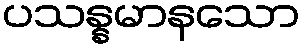
ပသန္နမာနသော